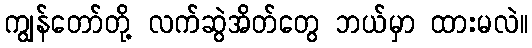
ကျွန်တော်တို့ လက်ဆွဲအိတ်တွေ ဘယ်မှာ ထားမလဲ။